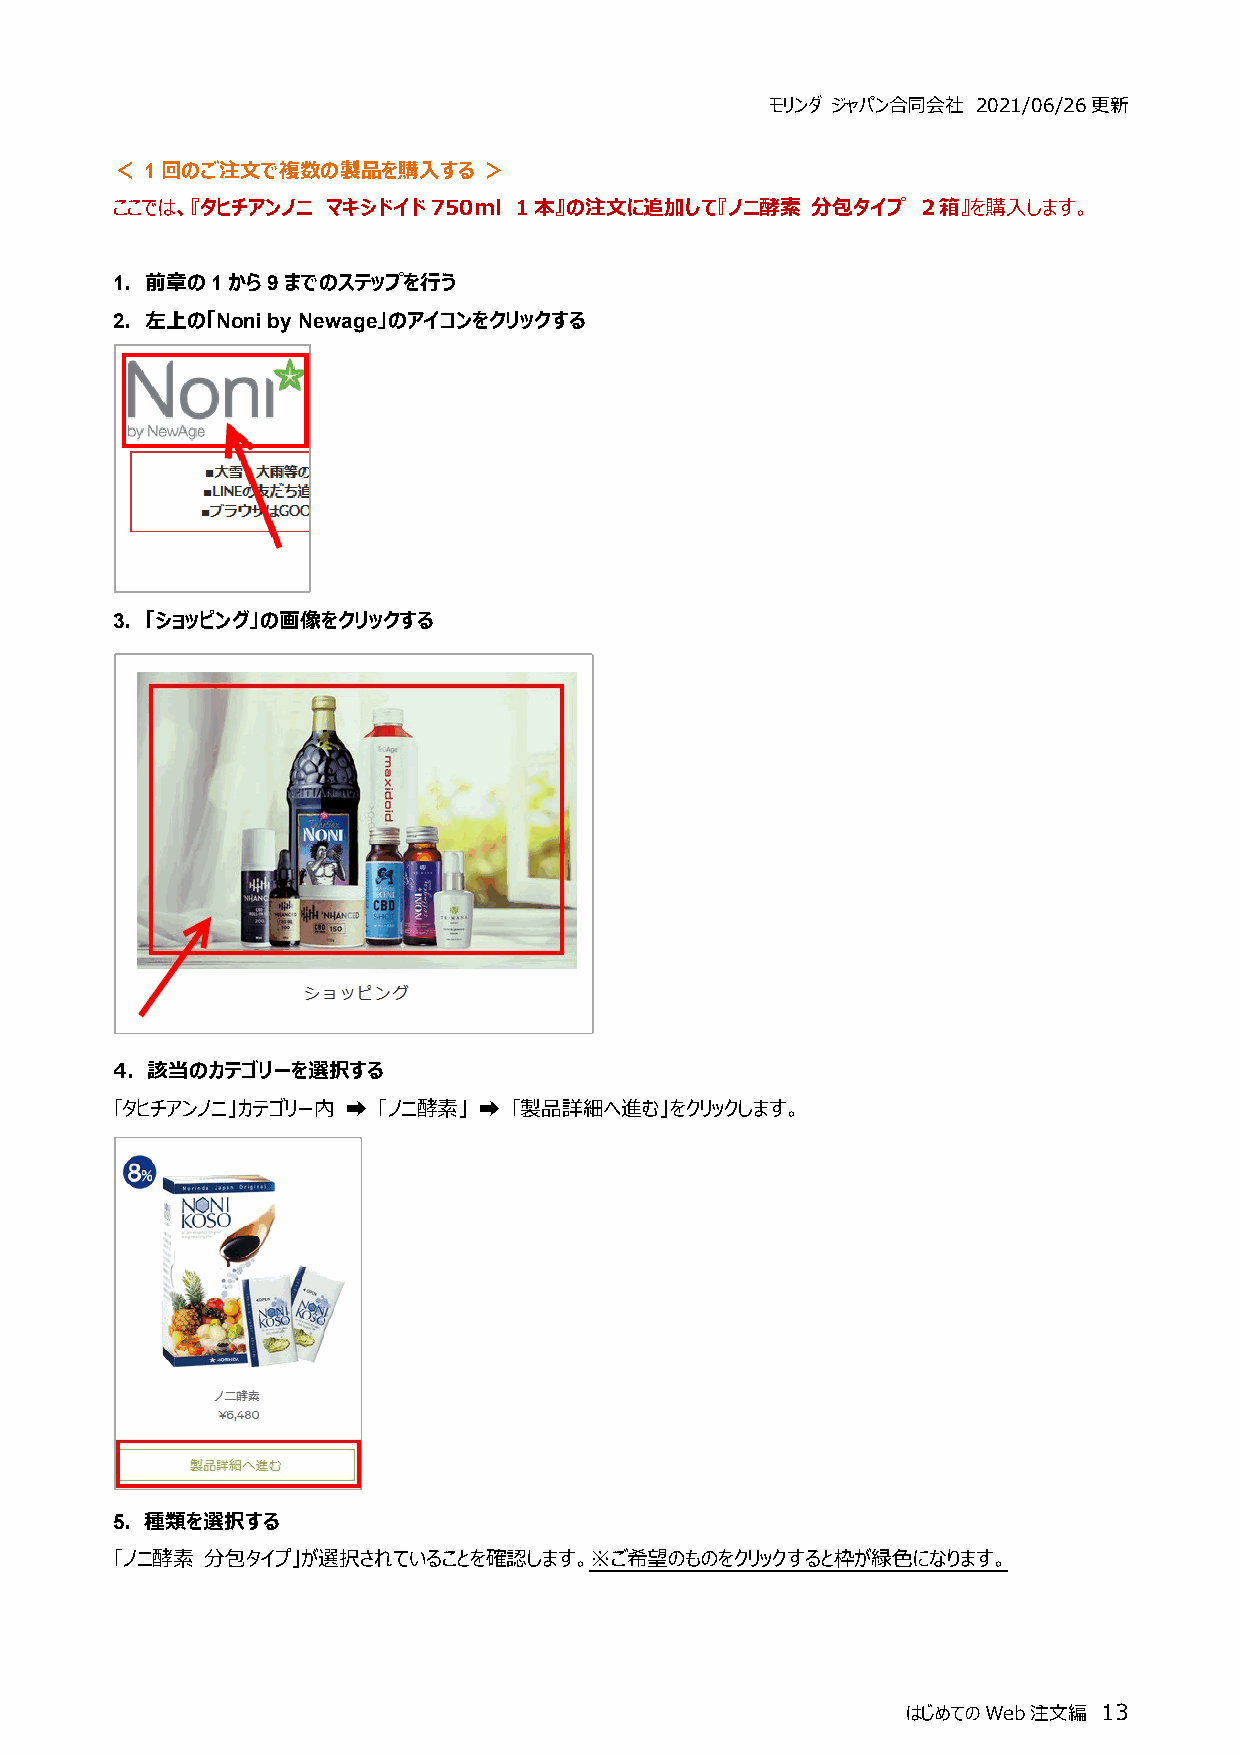
モリンダ ジャパン合同会社 2021/06/26更新
 ＜  1回のご注文で複数の製品を購入する     ＞
 ここでは、『タヒチアンノニ  マキシドイド750ml 1本』の注文に追加して『ノニ酵素    分包タイプ  ２箱』を購入します。
 1．前章の1から9までのステップを行う
 2．左上の「Noni by Newage」のアイコンをクリックする
 3．「ショッピング」の画像をクリックする
 4．該当のカテゴリーを選択する
 「タヒチアンノニ」カテゴリー内 ➡ 「ノニ酵素」 ➡ 「製品詳細へ進む」をクリックします。
 5．種類を選択する
 「ノニ酵素  分包タイプ」が選択されていることを確認します。※ご希望のものをクリックすると枠が緑色になります。
 はじめてのWeb注文編  13